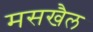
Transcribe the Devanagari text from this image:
मसखैल